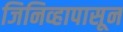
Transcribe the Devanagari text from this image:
जिनिव्हापासून